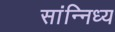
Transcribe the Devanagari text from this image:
सांन्निध्य